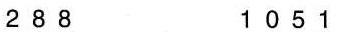
288 1051